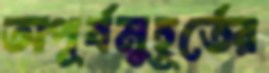
অপূর্বমুহূর্তের